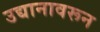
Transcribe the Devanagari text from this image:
उद्यानावरून